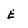
Character: E